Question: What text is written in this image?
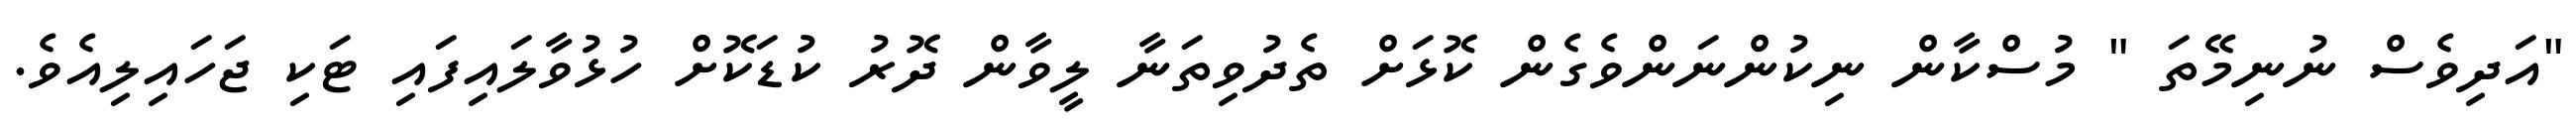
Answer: "އަދިވެސް ނުނިމޭތަ " މުސްކާން ނިކުންނަންވެގެން ކޮޅަށް ތެދުވިތަނާ ލީވާން ދޮރު ކުޑަކޮށް ހުޅުވާލައިފައި ޓަކި ޖަހައިލިއެވެ.